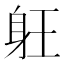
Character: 𲄘